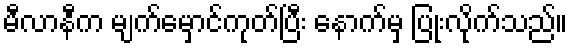
မီလာနီက မျက်မှောင်ကုတ်ပြီး နောက်မှ ပြုံးလိုက်သည်။